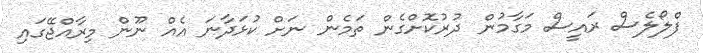
ފްލޯލެސް ރައީސް މަގާމުން ދުރުކޮށްގެން ތަމެން ނަށް ކުޅަދާނަ އެއް ނޫން މިރާއްޖޭގައި